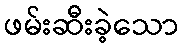
ဖမ်းဆီးခဲ့သော